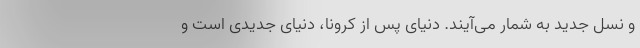
و نسل جدید‌ به شمار می‌آیند. دنیای پس از کرونا، دنیای جدیدی است و